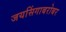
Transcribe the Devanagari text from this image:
जयसिंगाबरोबर